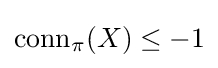
{\text{conn}}_{\pi }(X)\leq -1